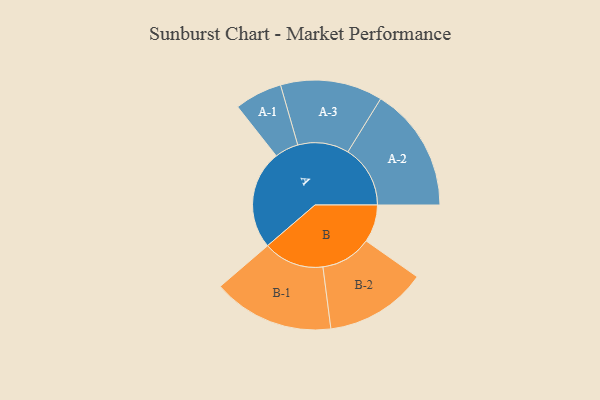
{"axis": {"x": "Segment", "y": "Value"}, "legend": ["", "A", "B"], "data": [{"x": "A", "y": 466, "type": ""}, {"x": "B", "y": 177, "type": ""}, {"x": "A-1", "y": 112, "type": "A"}, {"x": "A-2", "y": 294, "type": "A"}, {"x": "A-3", "y": 241, "type": "A"}, {"x": "B-1", "y": 286, "type": "B"}, {"x": "B-2", "y": 240, "type": "B"}]}